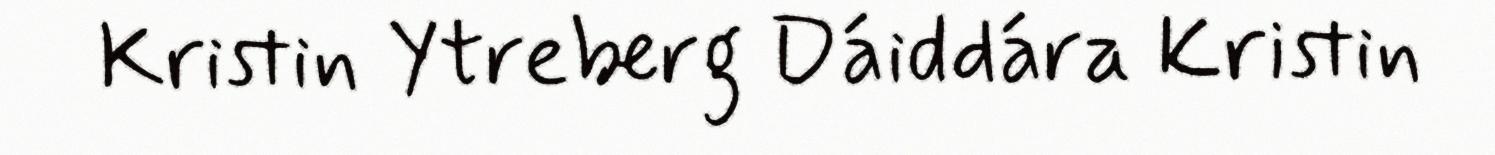
Kristin Ytreberg Dáiddára Kristin